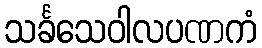
သင်္ခသေဝါလပဏကံ